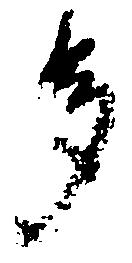
多